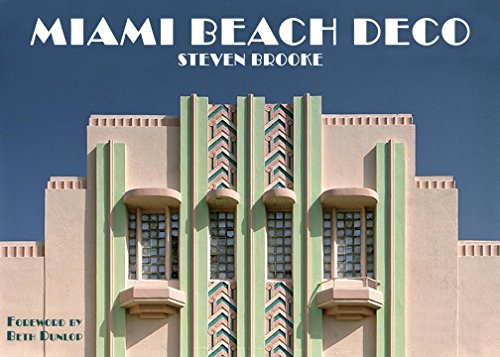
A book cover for Miami Beach Deco; Steven Brooke; Travel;